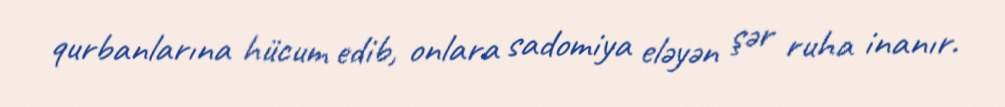
qurbanlarına hücum edib, onlara sadomiya eləyən şər ruha inanır.